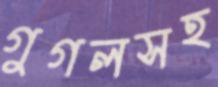
গুগলসহ